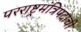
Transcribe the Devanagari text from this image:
परराष्ट्रमंत्रिपदाची